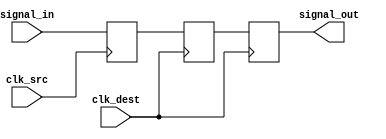
module pulsed_synchronizer #(
    parameter WIDTH = 1 // Width of the input signal
)(
    input  wire [WIDTH-1:0]  signal_in,    // Input signal from source clock domain
    input  wire              clk_src,       // Source clock
    input  wire              clk_dest,      // Destination clock
    output reg [WIDTH-1:0]  signal_out     // Synchronized output signal
);

    reg [WIDTH-1:0] signal_in_d1; // First stage of synchronization
    reg [WIDTH-1:0] signal_in_d2; // Second stage of synchronization
    reg pulse;                     // Pulse signal for change detection
    reg pulse_d1;                 // Delayed pulse signal

    // Pulse generation logic
    always @(posedge clk_src) begin
        // Generate pulse when signal changes
        if (signal_in != signal_in_d1) begin
            pulse <= 1'b1; // Set pulse high on change
        end else begin
            pulse <= 1'b0; // Reset pulse low
        end
        signal_in_d1 <= signal_in; // Register the input signal
    end

    // Synchronize pulse to destination clock domain
    always @(posedge clk_dest) begin
        pulse_d1 <= pulse; // Register the pulse in destination clock domain
    end

    // Double-register the input signal in destination clock domain
    always @(posedge clk_dest) begin
        signal_in_d2 <= signal_in_d1; // First stage of synchronization
        signal_out <= signal_in_d2;    // Second stage of synchronization
    end

endmodule